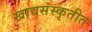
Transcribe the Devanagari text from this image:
खाद्यसंस्कृतीत